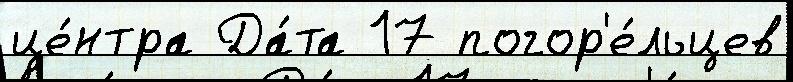
це́нтра Да́та 17 погор'е́льцев